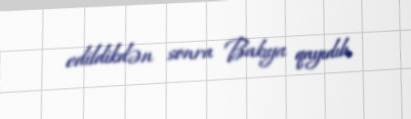
edildikdən sonra Bakıya qayıdıb.